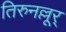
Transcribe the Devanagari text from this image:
तिरुनल्लूर्